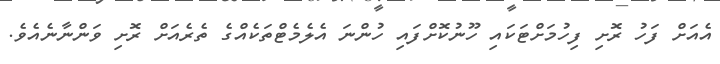
އެއަށް ފަހު ރޮށި ފިހުމަށްޓަކައި ހޫނުކޮށްފައި ހުންނަ އެލެމެޓްތަކެއްގެ ތެރެއަށް ރޮށި ވަންނާނެއެވެ.